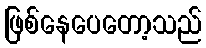
ဖြစ်နေပေတော့သည်